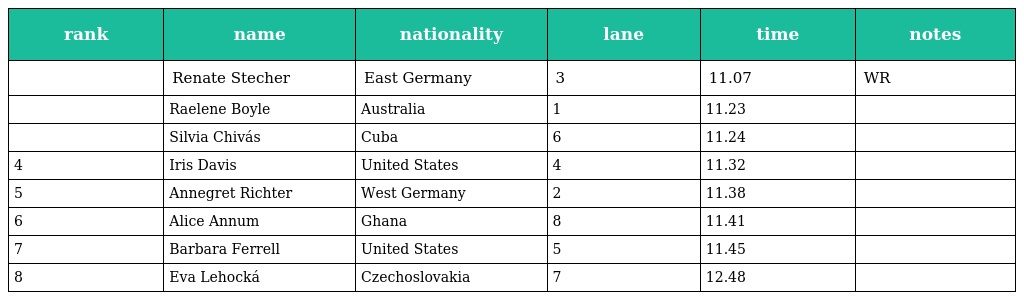
| rank | name | nationality | lane | time | notes |
 | --- | --- | --- | --- | --- | --- |
 |  | Renate Stecher | East Germany | 3 | 11.07 | WR |
 |  | Raelene Boyle | Australia | 1 | 11.23 |  |
 |  | Silvia Chivás | Cuba | 6 | 11.24 |  |
 | 4 | Iris Davis | United States | 4 | 11.32 |  |
 | 5 | Annegret Richter | West Germany | 2 | 11.38 |  |
 | 6 | Alice Annum | Ghana | 8 | 11.41 |  |
 | 7 | Barbara Ferrell | United States | 5 | 11.45 |  |
 | 8 | Eva Lehocká | Czechoslovakia | 7 | 12.48 |  |